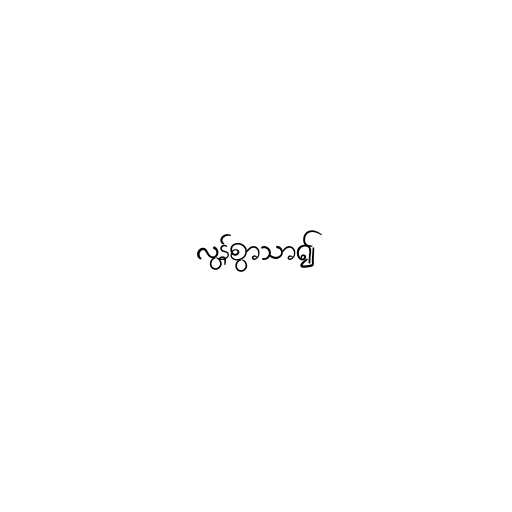
လွန်စွာသာ၍